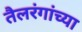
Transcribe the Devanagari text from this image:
तैलरंगांच्या